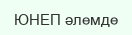
ЮНЕП әлемде